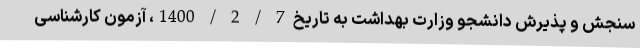
سنجش و پذیرش دانشجو وزارت بهداشت به تاریخ 7 / 2 / 1400، آزمون کارشناسی